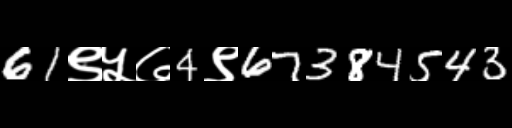
Text: 61९५७4९67384543